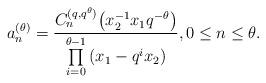
LaTeX: \begin{gather*}a_n^{(\theta)} = \frac{C_n^{(q, q^{\theta})}\big(x_2^{-1}x_1q^{-\theta}\big)}{\prod\limits_{i=0}^{\theta - 1}{(x_1 - q^ix_2)}}, 0\leq n\leq \theta.\end{gather*}